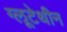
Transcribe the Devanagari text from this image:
ग्लूटेथीन